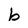
Character: b